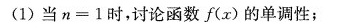
(1)当$$n = 1$$时，讨论函数f(x)的单调性；